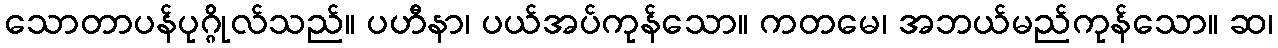
သောတာပန်ပုဂ္ဂိုလ်သည်။ ပဟီနာ၊ ပယ်အပ်ကုန်သော။ ကတမေ၊ အဘယ်မည်ကုန်သော။ ဆ၊